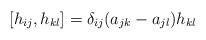
LaTeX: \begin{align*}[h_{ij},h_{kl}]=\delta_{ij}(a_{jk}-a_{jl})h_{kl}\end{align*}